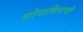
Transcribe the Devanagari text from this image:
सोयाबिनची